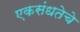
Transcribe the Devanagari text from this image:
एकसंधतेचे